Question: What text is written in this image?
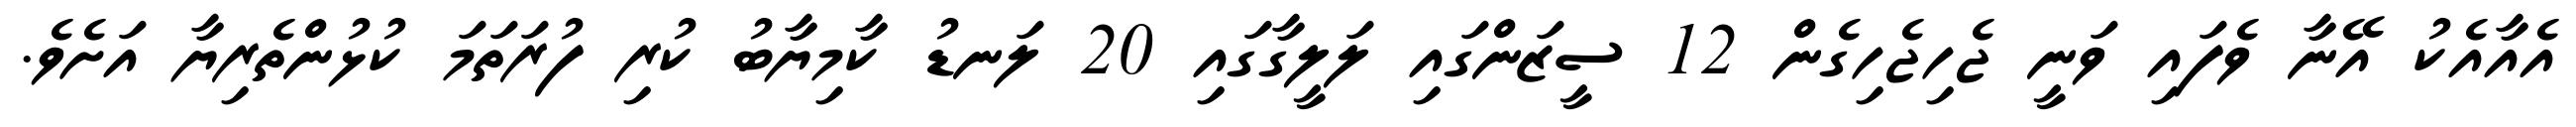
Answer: އެއާއެކު އޭނާ ވެފައި ވަނީ ޖެހިޖެހިގެން 12 ސީޒަންގައި ލަލީގާގައި 20 ލަނޑު ކާމިޔާބު ކުރި ފުރަތަމަ ކުޅުންތެރިޔާ އަށެވެ.